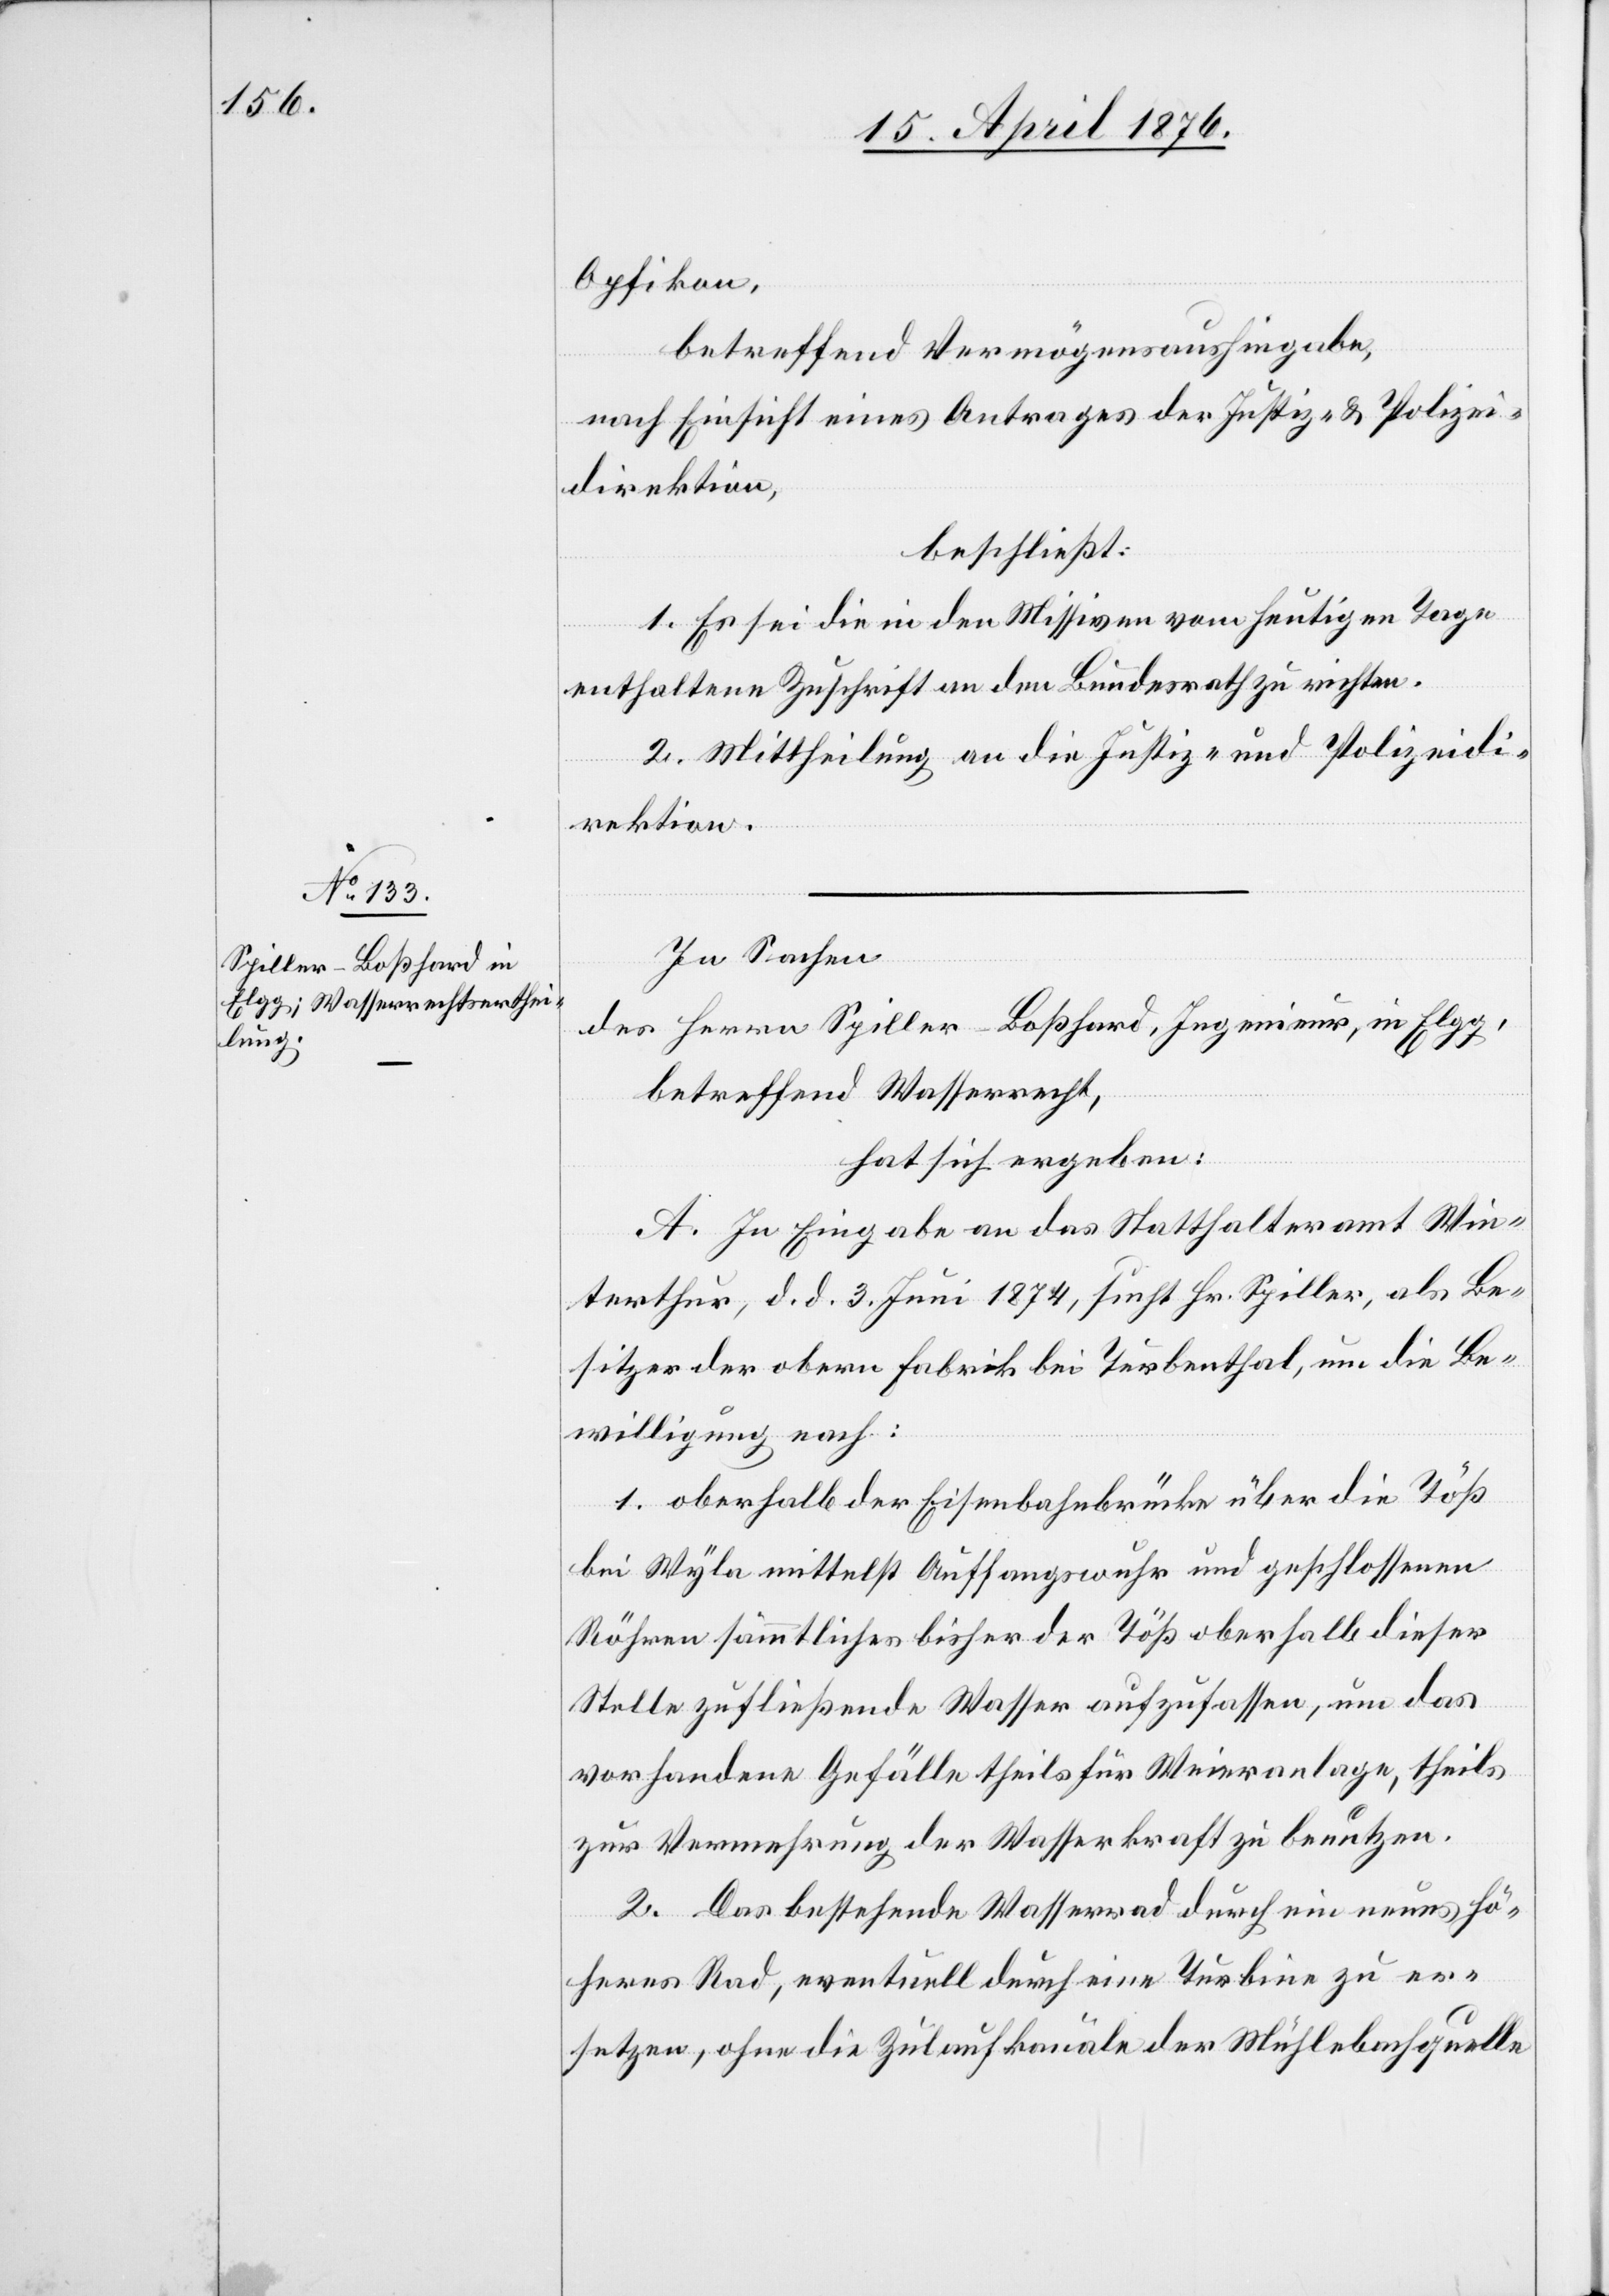
Opfikon,
betreffend Vermögensaushingabe,
nach Einsicht eines Antrages der Justiz- und Polizei¬
direktion,
beschließt:
1. Es sei die in den Missiven vom heutigen Tage
enthaltene Zuschrift an den Bundesrath zu richten.
2. Mittheilung an die Justiz- und Polizeidi¬
rektion.
In Sachen
des Herrn Spiller-Boßhard, Ingenieur, in Elgg,
betreffend Wasserrecht,
hat sich ergeben:
A. In Eingabe an das Statthalteramt Win¬
terthur, d. d. 3. Juni 1874, sucht Hr. Spiller, als Be¬
sitzer der obern Fabrik bei Turbenthal, um die Be¬
willigung nach:
1. oberhalb der Eisenbahnbrücke über die Töß
bei Wyla mittelst Auffangswuhr und geschlossenen
Röhren sämmtliches bisher der Töß oberhalb dieser
Stelle zufließende Wasser aufzufassen, um das
vorhandene Gefälle theils für [eine] Weieranlage, theils
zur Vermehrung der Wasserkraft zu benutzen.
2. Das bestehende Wasserrad durch ein neues hö¬
heres Rad, eventuell durch eine Turbine zu er¬
setzen, ohne die Zulaufkanäle der Mühlebachquelle